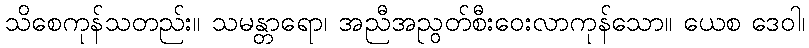
သိစေကုန်သတည်း။ သမန္တာရော၊ အညီအညွတ်စီးဝေးလာကုန်သော။ ယေစ ဒေဝါ၊